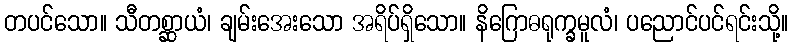
တပင်သော။ သီတစ္ဆာယံ၊ ချမ်းအေးသော အရိပ်ရှိသော။ နိဂြောဓရုက္ခမူလံ၊ ပညောင်ပင်ရင်းသို့။